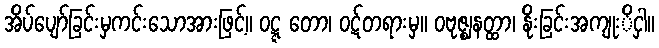
အိပ်ပျော်ခြင်းမှကင်းသောအားဖြင့်။ ဝဋ္ဋ တော၊ ဝဋ်တရားမှ။ ဝဗုဇ္ဈနတ္ထာ၊ နိုးခြင်းအကျုးိငှါ။